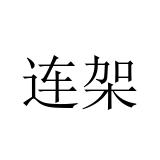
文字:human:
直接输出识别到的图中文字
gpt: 连架